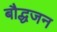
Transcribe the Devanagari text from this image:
बौद्धजन